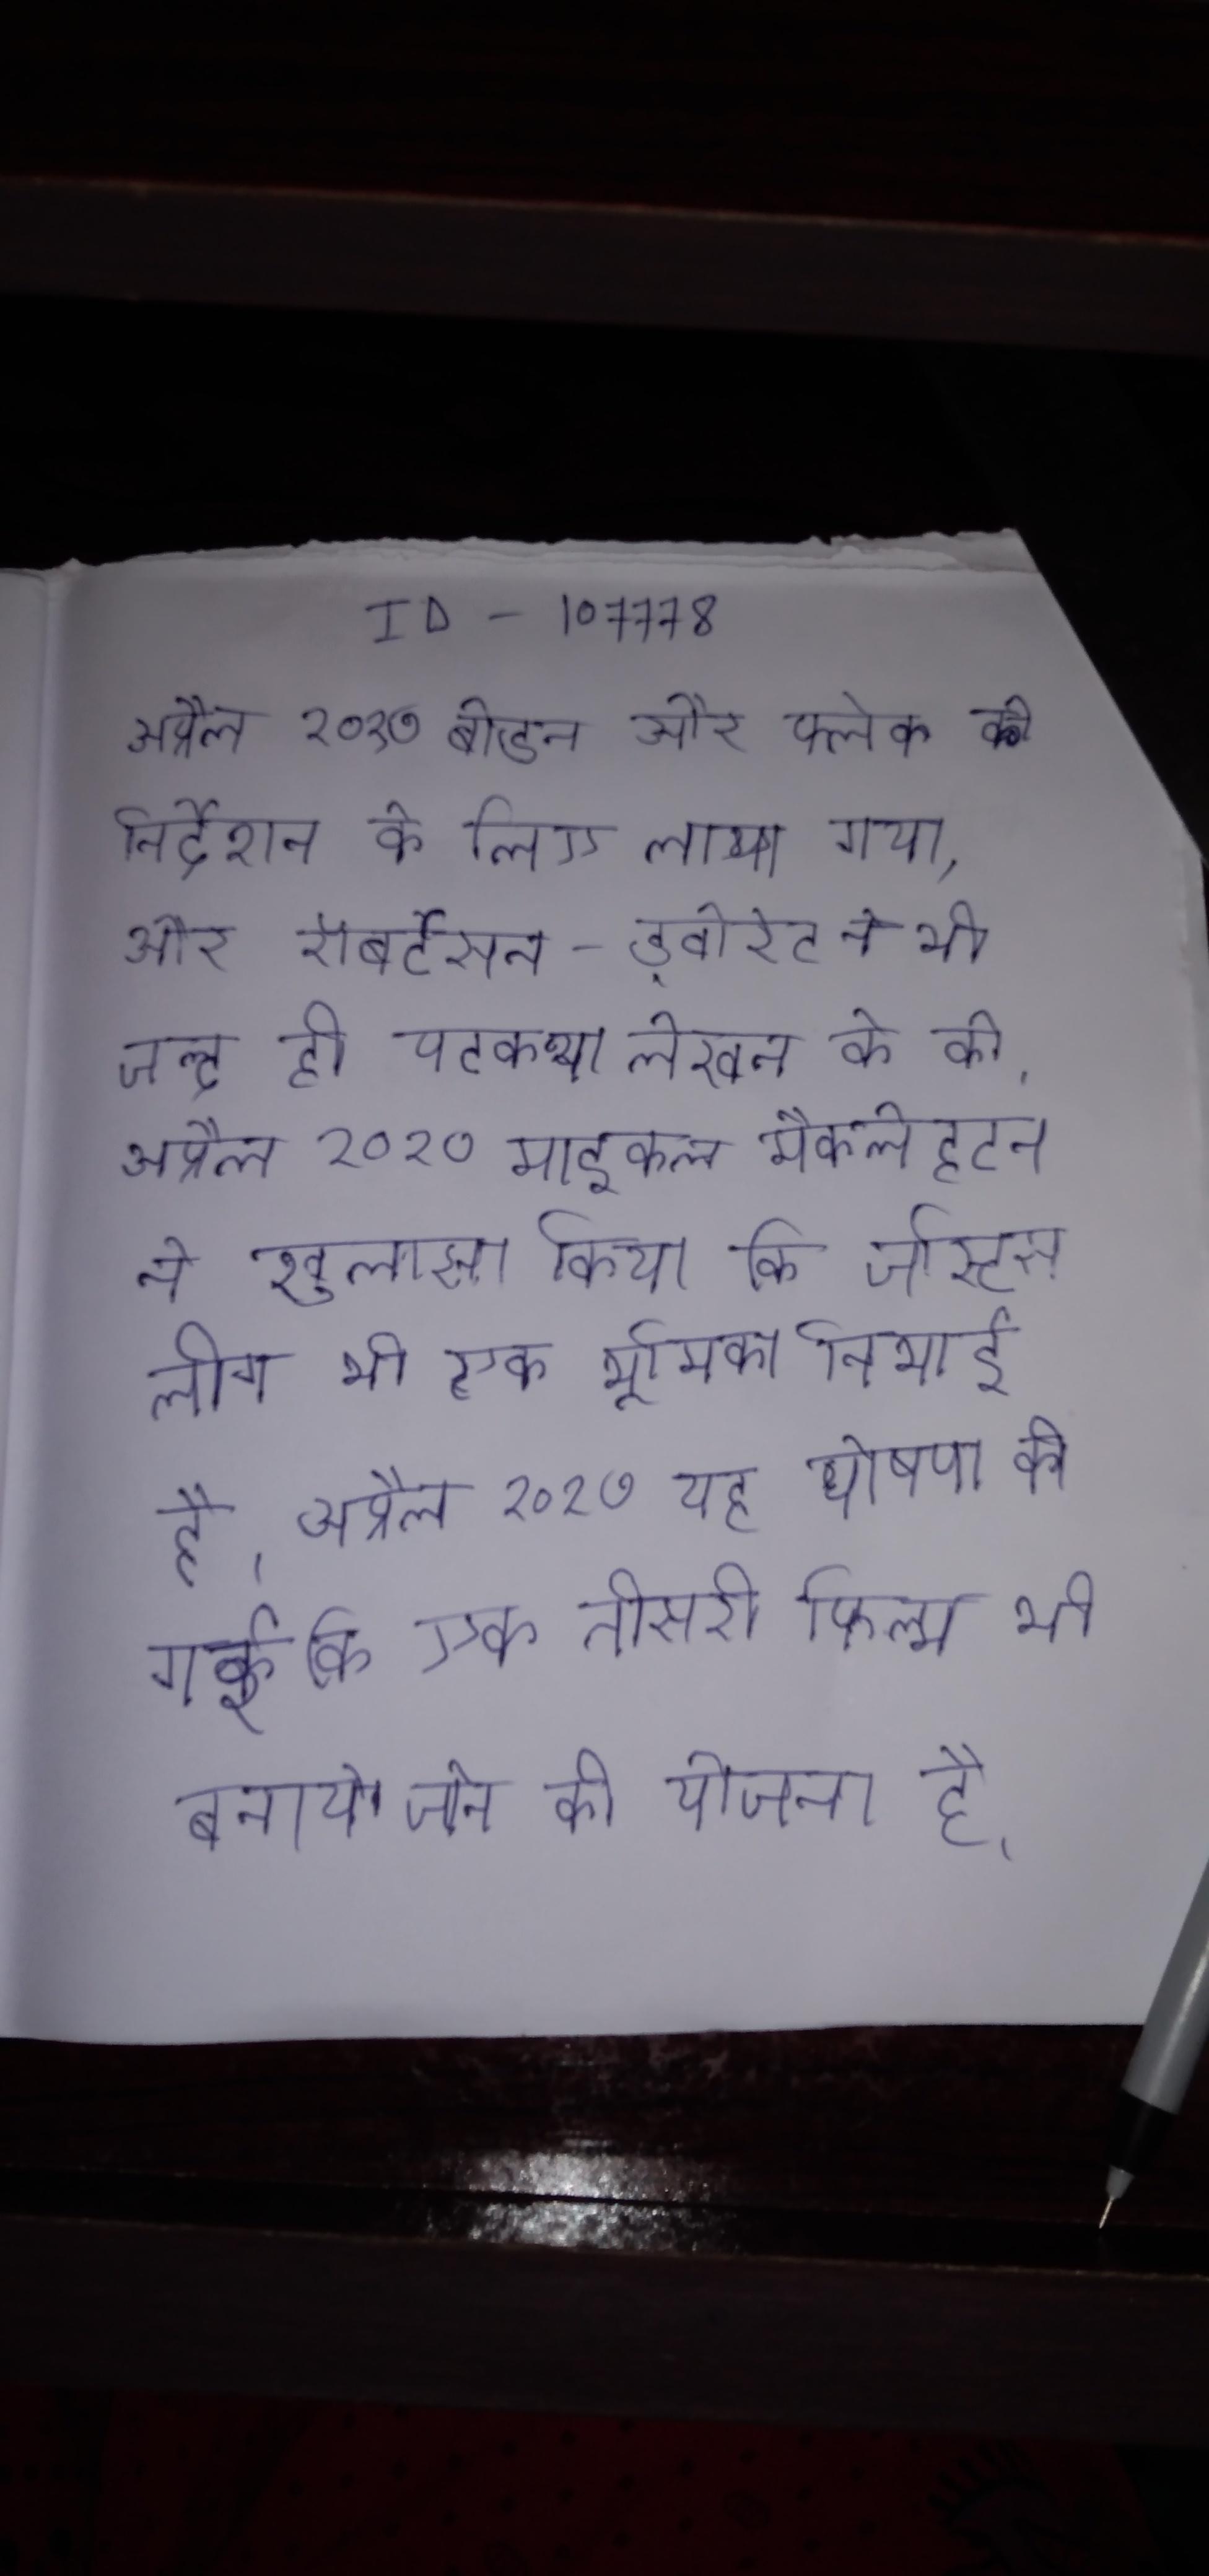
अप्रैल २०१७ बोडन और फ्लेक को निर्देशन के लिए लाया गया, और रॉबर्टसन-ड्वोरेट ने भी जल्द ही पटकथा लेखन के को । अप्रैल २०१७ माइकल मैकलेहटन ने खुलासा किया कि जस्टिस लीग भी एक भूमिका निभाई है । अप्रैल २०१७ यह घोषणा की गई कि एक तीसरी फिल्म भी बनाये जाने की योजना है ।